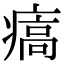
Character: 㾸